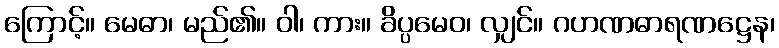
ကြောင့်။ မေဓာ၊ မည်၏။ ဝါ၊ ကား။ ခိပ္ပမေဝ၊ လျှင်။ ဂဟဏဓာရဏဋ္ဌေန၊